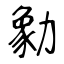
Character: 勨